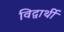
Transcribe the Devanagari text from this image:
विद्वार्थी